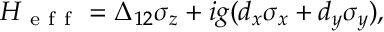
\begin{array} { r } { H _ { \mathrm { ~ e ~ f ~ f ~ } } = \Delta _ { 1 2 } \sigma _ { z } + i g ( d _ { x } \sigma _ { x } + d _ { y } \sigma _ { y } ) , } \end{array}